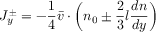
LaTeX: \quad J _ { y } ^ { \pm } = - { \frac { 1 } { 4 } } { \bar { v } } \cdot \left( n _ { 0 } \pm { \frac { 2 } { 3 } } l { \frac { d n } { d y } } \right)